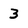
Character: 3